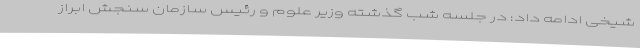
شیخی ادامه داد: در جلسه شب گذشته وزیر علوم و رئیس سازمان سنجش ابراز